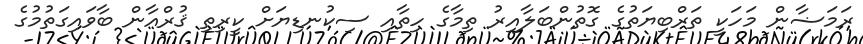
ރަމަޟާން މަހަކީ ތަރްބިޔަތުގެ ގޮތުންބަލާއިރު ތިމާގެ ހިތާއި ސިކުނޑިޔަށް ކީރިތި ޤުރްއާން ބާވައިގަތުމުގެ